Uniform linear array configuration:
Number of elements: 4
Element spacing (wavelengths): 0.5
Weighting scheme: uniform
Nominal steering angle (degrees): -30
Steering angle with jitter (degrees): -31.996
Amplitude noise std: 0.05
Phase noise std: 0.05

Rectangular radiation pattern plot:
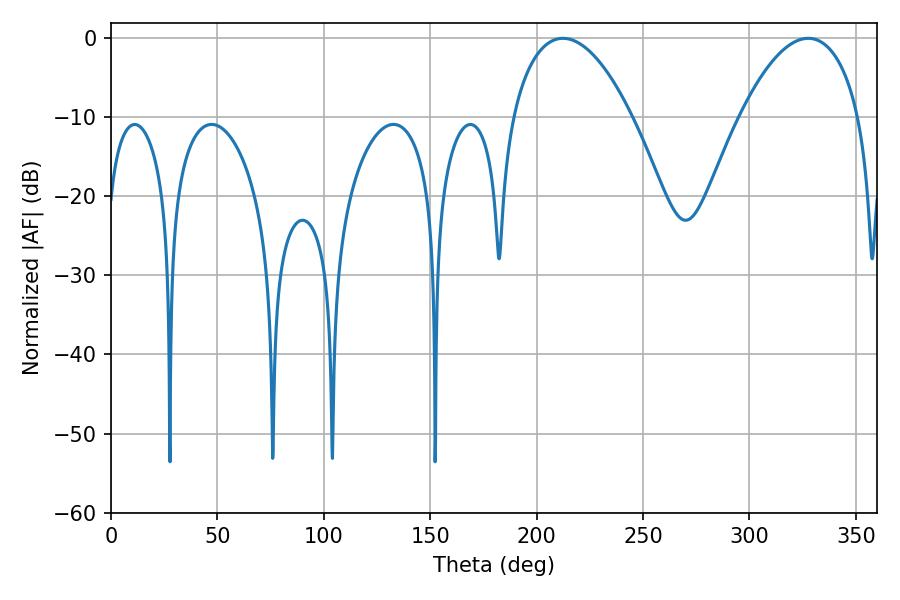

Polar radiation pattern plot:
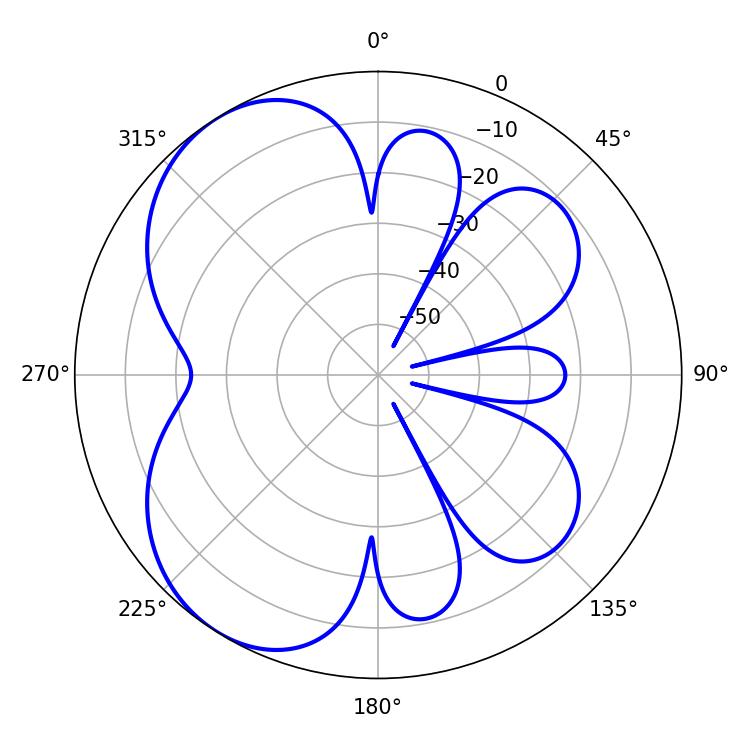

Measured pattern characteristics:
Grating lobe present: FALSE
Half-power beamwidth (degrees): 31.32
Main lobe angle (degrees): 212.4